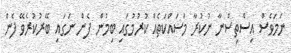
ނަމަވެސް އިސްތިސްނާ ނުކުރާ މަސައްކަތެއް ކުރުމުގައި ބިމުން ފެން ނަގައި ބޭރުކުރެވޭ ފެން